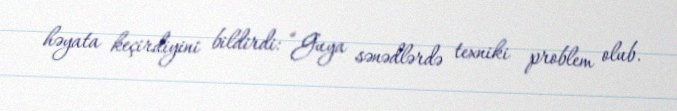
həyata keçirdiyini bildirdi: “Guya sənədlərdə texniki problem olub.